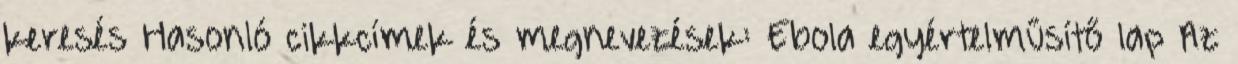
keresés Hasonló cikkcímek és megnevezések: Ebola egyértelműsítő lap Az